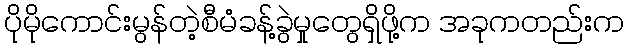
ပိုမိုကောင်းမွန်တဲ့စီမံခန့်ခွဲမှုတွေရှိဖို့က အခုကတည်းက